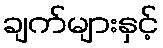
ချက်များနှင့်